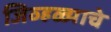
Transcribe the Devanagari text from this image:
जिव्हळ्याचे